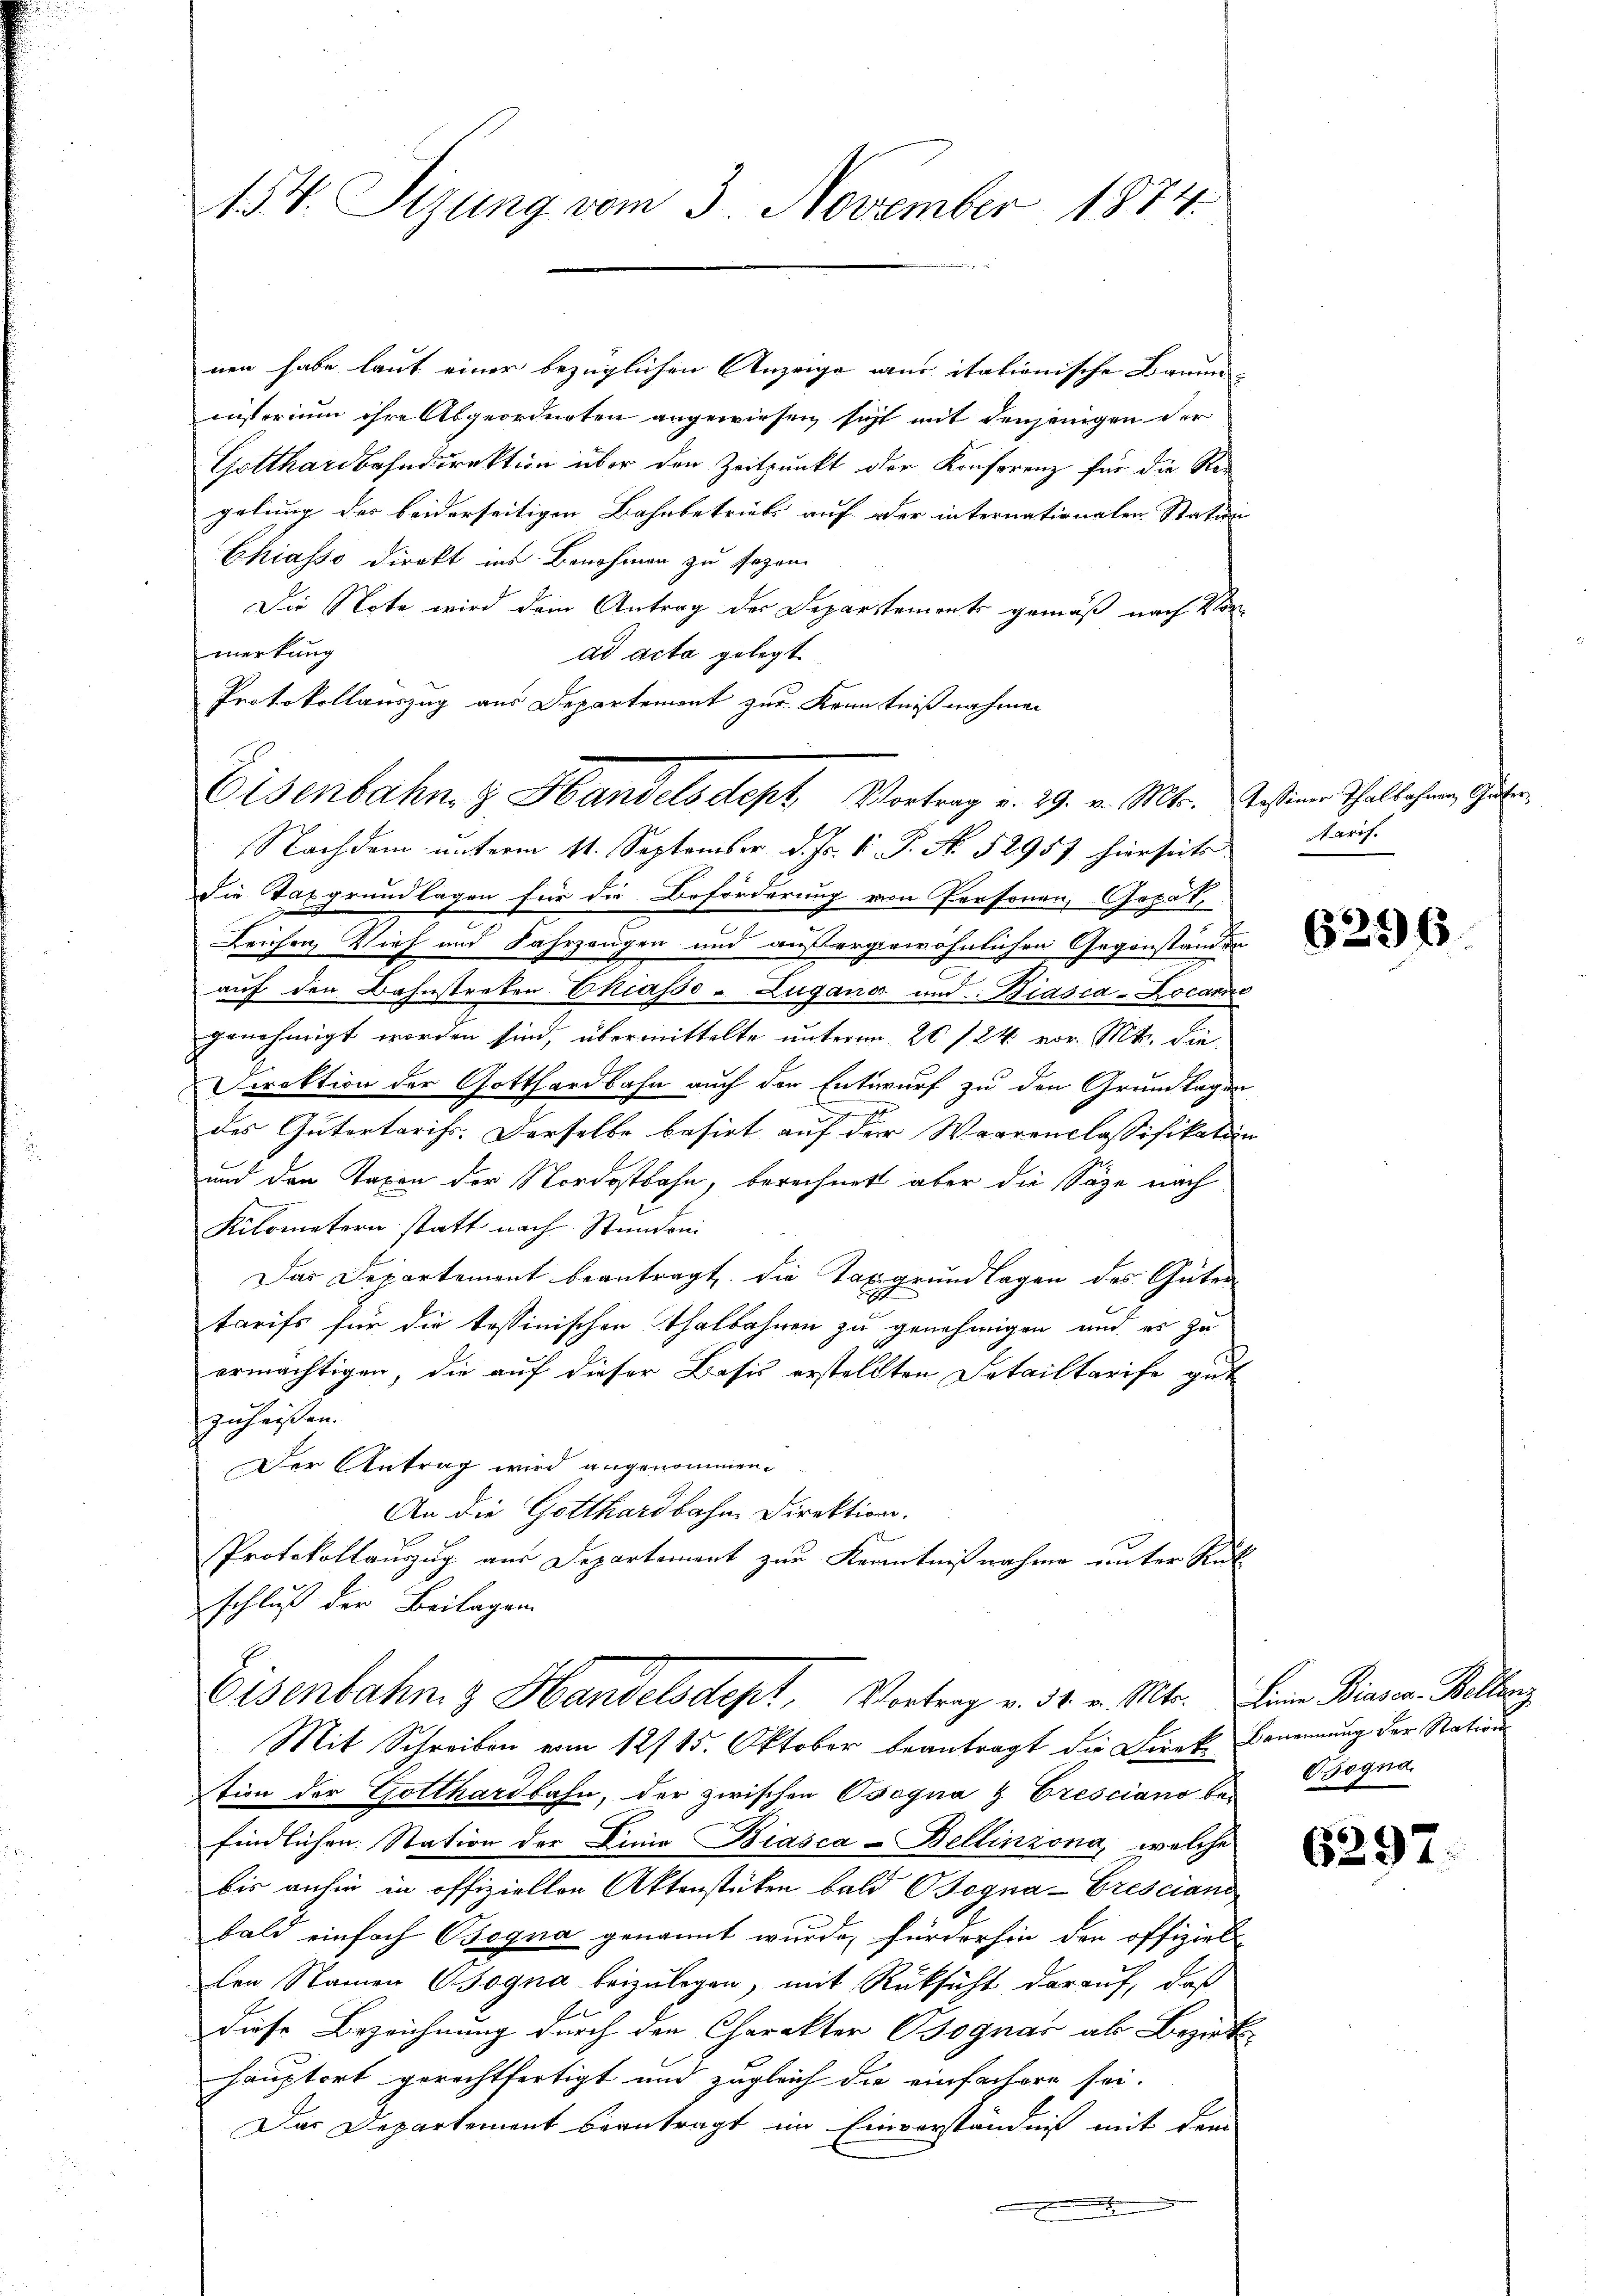
154. Sizung vom 3. November 1874.

nen habe laut einer bezüglichen Anzeige aus italienische Baum
insterium ihre Abgeordneten angewiesen sicht mit denjenigen der
Gotthardbahndirektion über den Zeitpunkt der Konferenz für die Regelung des beiderseitigen Bahnbetriebs auf oder internationalen Station
Chiasso direkt ins Benohmen zu sezen
Die Note wird dem Antrag der Departements gemäß nach Vor-
merkung
ad acta gelegt.
Protokollauszug aus Departement zur Kenntnißnahmen
Nachdem unterm 11. September d. Js. v. P. No. 52957 hierseits
Die Taxgrundlagen für die Beförderung von Personen, Gorat,
n
Leichen Vieh und Fahrzeugen und außergewöhnlichen Gegenständen
auf den Bahnstreten Chiasso - Zugano und Biasca-Locarne
genehmigt worden sind, übermittelte unterm 20./24. vor. Mt. die
Direktion der Gotthardbahn auch der Entwurf zu den Grundlagen
des Gutertarifs. Derselbe basirt auf der Waarenclassifikation
und den Taxen der Nordostbahn, berechnet aber die Säge nach
Kilometern statt nach Stunden
Das Departement beantragt, die Taxigrundlagen des Güter
tarifs für die tessinischen Thalbahnen zu genehmigen und es zu
ermächtigen, die auf dieser Basis erstellten Detailtarife gut
zuheißen.
Der Antrag wird angenommen.
An die Gotthardbahn Direktion.
f
Protokollauszug aus Departement zur Kenntnißnahme unter Rükschluß der Beilagen

Eisenbahn, z. Handelsdept Vortrag v. 29. v. Mts. Rosine Thallehren, Güter,

Eisenbahn & Handelsdept, Vortrag v. 31. v. Mts. eine Biasca Kellenz

Mit Schreiben vom 12/15. Oktober beantragt die Dirnk- Benennung der Stations
tion der Gotthardbahn, der zwischen Osogna & Cresciano bei
findlichen Station der Linie Biasca - Bellinzona, welche
bis anhin in offizielten Aktenstücken bald OJogna-Gresciand
bald einfach Bogna genannt wurde, fürderhin den offiziel
den Namen sogna beizulegen, mit Rüksicht darauf, daß
1
Diese Bezeichnung durch den Charakter Bognar als Bezirk
hauptort gerechtfertigt und zugleich die einfachere sei.
Das Departement beantragt im Einverständniß mit dem
.

tarif.

6296

Gsogna.

6297